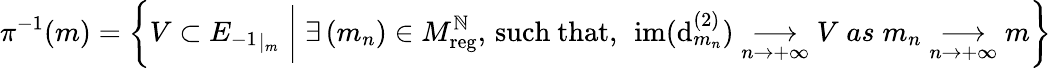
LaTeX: \pi^{-1}(m)=\left\{ V\subset{E_{-1}}_{|_{m}}\; \middle|\; \exists\, (m_{n})\in M_{\mathrm{reg}}^{\mathbb{N}},\, \mathrm{such~that},\, \; \mathrm{im}(\mathrm{d}_{m_{n}}^{(2)})\underset{n\to+\infty}{\longrightarrow}V\; as\; m_{n}\underset{n\to+\infty}{\longrightarrow}m\right\}